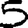
Digit: 5